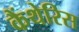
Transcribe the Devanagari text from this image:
कैंथेरिस